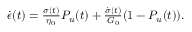
\begin{array} { r } { \dot { \epsilon } ( t ) = \frac { \sigma ( t ) } { \eta _ { 0 } } P _ { u } ( t ) + \frac { \dot { \sigma } ( t ) } { G _ { 0 } } ( 1 - P _ { u } ( t ) ) . } \end{array}